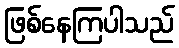
ဖြစ်နေကြပါသည်